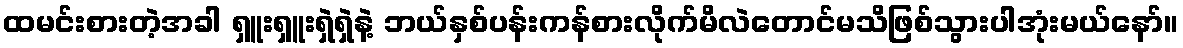
ထမင်းစားတဲ့အခါ ရှူးရှူးရှဲရှဲနဲ့ ဘယ်နှစ်ပန်းကန်စားလိုက်မိလဲတောင်မသိဖြစ်သွားပါအုံးမယ်နော်။